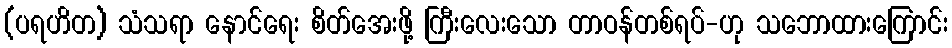
(ပရဟိတ) သံသရာ နောင်ရေး စိတ်အေးဖို့ ကြီးလေးသော တာဝန်တစ်ရပ်-ဟု သဘောထားကြောင်း